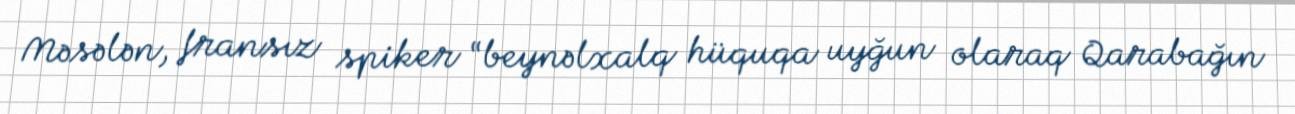
Məsələn, fransız spiker “beynəlxalq hüquqa uyğun olaraq Qarabağın